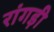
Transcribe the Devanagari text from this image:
रांगड़ी